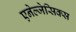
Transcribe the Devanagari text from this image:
एनेल्जेसिक्स